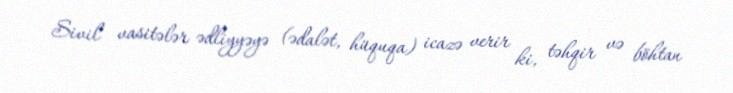
Sivil vasitələr ədliyyəyə (ədalət, hüquqa) icazə verir ki, təhqir və böhtan